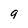
Character: 9